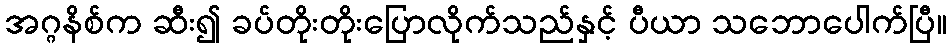
အဂ္ဂနိစ်က ဆီး၍ ခပ်တိုးတိုးပြောလိုက်သည်နှင့် ပီယာ သဘောပေါက်ပြီ။